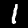
Label: 1